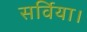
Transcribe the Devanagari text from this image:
सर्विया।